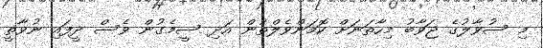
މި ސުވާލުގެ ޖަވާބު މިހާތަނަށް ކޮމަންވެލްތުން އަދި ސީމެގުން ވެސް ދީފައި ނުވާތީ